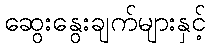
ဆွေးနွေးချက်များနှင့်